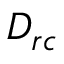
D _ { r c }